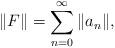
LaTeX: \begin{align*} \|F\|=\sum_{n=0}^{\infty}\|a_n\|, \end{align*}